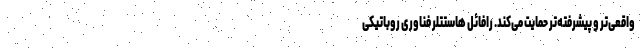
واقعی‌تر و پیشرفته‌تر حمایت می‌کند. رافائل هاستتلر فناوری روباتیکی